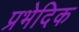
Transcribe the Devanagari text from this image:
प्रभेदिक